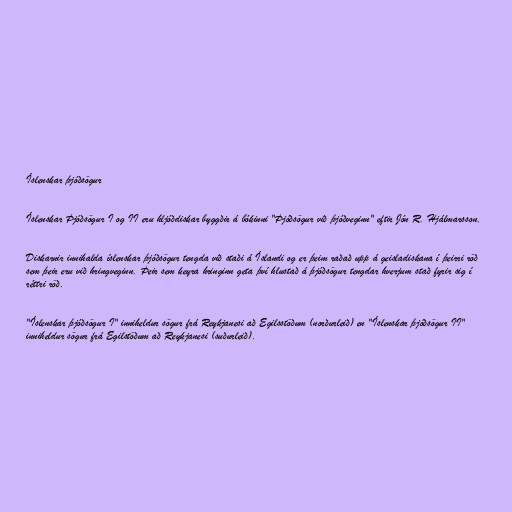
Íslenskar þjóðsögur

Íslenskar Þjóðsögur I og II eru hljóðdiskar byggðir á bókinni "Þjóðsögur við þjóðveginn" eftir Jón R. Hjálmarsson.

Diskarnir innihalda íslenskar þjóðsögur tengda við staði á Íslandi og er þeim raðað upp á geisladiskana í þeirri röð
sem þeir eru við hringveginn. Þeir sem keyra hringinn geta því hlustað á þjóðsögur tengdar hverjum stað fyrir sig í
réttri röð.

"Íslenskar þjóðsögur I" inniheldur sögur frá Reykjanesi að Egilsstöðum (norðurleið) en "Íslenskar þjóðsögur II"
inniheldur sögur frá Egilstöðum að Reykjanesi (suðurleið).